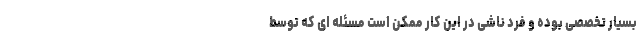
بسیار تخصصی بوده و فرد ناشی در این کار ممکن است مسئله­ ای که توسط